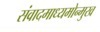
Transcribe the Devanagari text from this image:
संवादमाध्यमोन्मुख